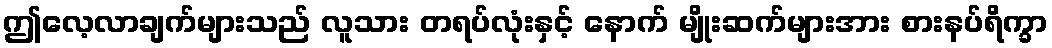
ဤလေ့လာချက်များသည် လူသား တရပ်လုံးနှင့် နောက် မျိုးဆက်များအား စားနပ်ရိက္ခာ